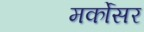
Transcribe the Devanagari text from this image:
मर्कोसर